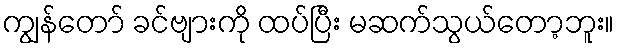
ကျွန်တော် ခင်ဗျားကို ထပ်ပြီး မဆက်သွယ်တော့ဘူး။